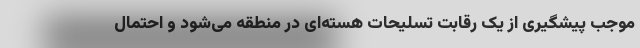
موجب پیشگیری از یک رقابت تسلیحات هسته‌ای در منطقه می‌شود و احتمال